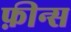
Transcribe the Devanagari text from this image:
फ़ीन्स